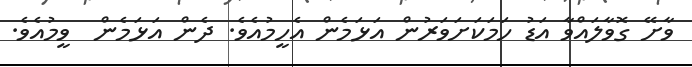
ވާށޭ ގޮވާލައްވާ އަޑު ހަމަކަށަވަރުން އަޅަމެން އެހީމުއެވެ. ދެން އަޅަމެން  ވީމުއެވެ.